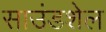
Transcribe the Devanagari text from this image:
साउंडशेल